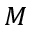
M